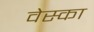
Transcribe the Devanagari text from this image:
वेस्का